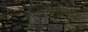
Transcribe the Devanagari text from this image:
आगतपतिका